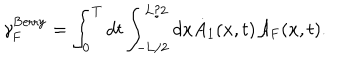
{ \gamma } _ { \mathrm { F } } ^ { \mathrm { B e r r y } } = \int _ { 0 } ^ { T } d t \int _ { - \mathrm { L } / 2 } ^ { \mathrm { L } / 2 } d x \dot { A } _ { 1 } ( x , t ) { \cal A } _ { \mathrm { F } } ( x , t ) .